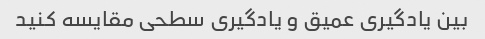
بین یادگیری عمیق و یادگیری سطحی مقایسه کنید